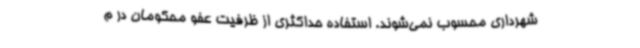
شهرداری محسوب نمی‌شوند. استفاده حداکثری از ظرفیت عفو محکومان در م